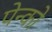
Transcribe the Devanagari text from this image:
पेन्को